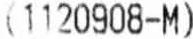
(1120908-M)